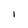
Character: l